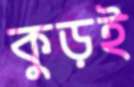
কুড়ই